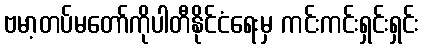
ဗမာ့တပ်မတော်ကိုပါတီနိုင်ငံရေးမှ ကင်းကင်းရှင်းရှင်း